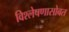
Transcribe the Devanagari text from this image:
विश्लेषणासोबत